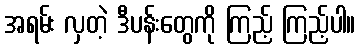
အရမ်း လှတဲ့ ဒီပန်းတွေကို ကြည့် ကြည့်ပါ။